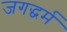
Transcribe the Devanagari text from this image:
जगद्धर्म